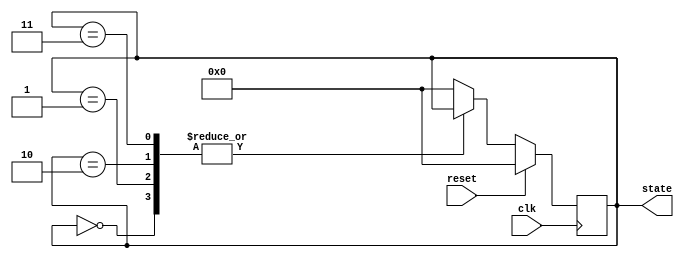
module PreConfiguredStateInit (
    input wire clk,          // Clock signal
    input wire reset,        // Reset signal (active high)
    output reg [3:0] state   // State output (4-bit state for example)
);

// Predefined states
localparam STATE_IDLE      = 4'b0000;
localparam STATE_READY     = 4'b0001;
localparam STATE_PROCESS   = 4'b0010;
localparam STATE_COMPLETE   = 4'b0011;

// Initialize state on reset
always @(posedge clk) begin
    if (reset) begin
        // Initialize to predefined state
        state <= STATE_IDLE;
    end
    // Normal operation state transition logic goes here
    else begin
        // Implement state transition logic based on current state
        // Example: placeholder for state transitions
        case (state)
            STATE_IDLE: begin
                // Transition logic for STATE_IDLE
                // Example: if some condition is met, move to STATE_READY
                // state <= STATE_READY; // Uncomment and modify as needed
            end
            
            STATE_READY: begin
                // Transition logic for STATE_READY
                // Example: if some condition is met, move to STATE_PROCESS
                // state <= STATE_PROCESS; // Uncomment and modify as needed
            end
            
            STATE_PROCESS: begin
                // Transition logic for STATE_PROCESS
                // Example: if some condition is met, move to STATE_COMPLETE
                // state <= STATE_COMPLETE; // Uncomment and modify as needed
            end
            
            STATE_COMPLETE: begin
                // Transition logic for STATE_COMPLETE
                // Example: transition back to STATE_IDLE or another state
                // state <= STATE_IDLE; // Uncomment and modify as needed
            end
            
            default: state <= STATE_IDLE; // Safety default
        endcase
    end
end

endmodule